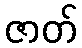
ဇာတ်